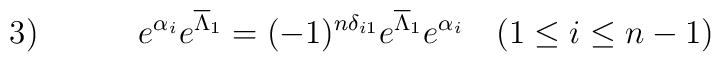
3) \hspace{.5in}             e^{\alpha_i}e^{\overline{\Lambda}_1}            =(-1)^{n \delta_{i1}}e^{\overline{\Lambda}_1}e^{\alpha_i}          \quad (1 \leq i \leq n-1)